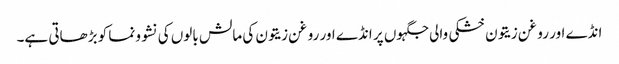
انڈے اور روغن زیتون خشکی والی جگہوں پر انڈے اور روغن زیتون کی مالش بالوں کی نشوونما کو بڑھاتی ہے۔